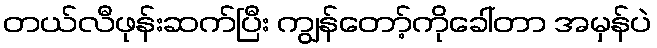
တယ်လီဖုန်းဆက်ပြီး ကျွန်တော့်ကိုခေါ်တာ အမှန်ပဲ